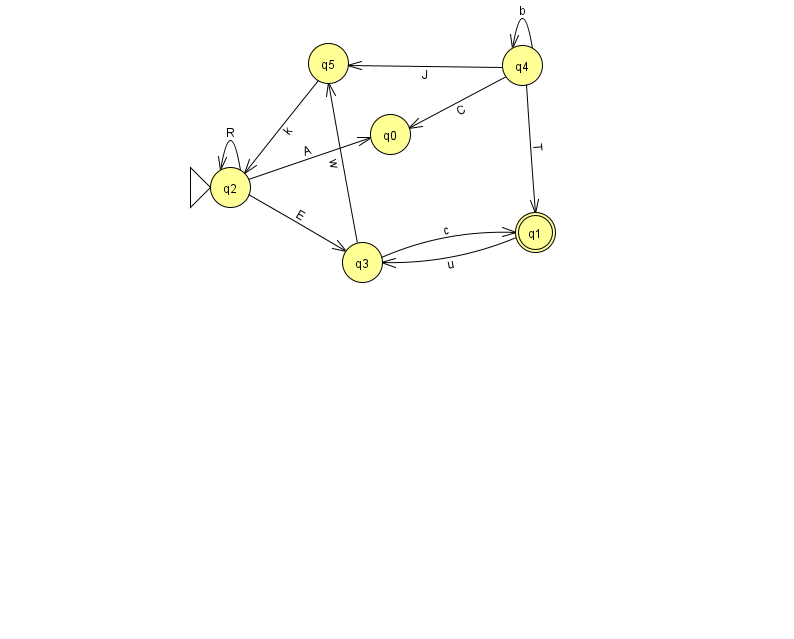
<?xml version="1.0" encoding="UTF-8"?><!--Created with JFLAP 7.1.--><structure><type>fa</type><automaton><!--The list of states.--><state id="0" name="q0"><x>390.0</x><y>121.0</y></state><state id="1" name="q1"><x>535.0</x><y>219.0</y><final/></state><state id="2" name="q2"><x>230.0</x><y>174.0</y><initial/></state><state id="3" name="q3"><x>362.0</x><y>249.0</y></state><state id="4" name="q4"><x>522.0</x><y>52.0</y></state><state id="5" name="q5"><x>328.0</x><y>50.0</y></state><!--The list of transitions.--><transition><from>4</from><to>1</to><read>T</read></transition><transition><from>2</from><to>2</to><read>R</read></transition><transition><from>2</from><to>3</to><read>E</read></transition><transition><from>4</from><to>4</to><read>b</read></transition><transition><from>4</from><to>5</to><read>J</read></transition><transition><from>3</from><to>5</to><read>w</read></transition><transition><from>2</from><to>0</to><read>A</read></transition><transition><from>3</from><to>1</to><read>c</read></transition><transition><from>4</from><to>0</to><read>C</read></transition><transition><from>5</from><to>2</to><read>k</read></transition><transition><from>1</from><to>3</to><read>u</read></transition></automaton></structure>